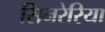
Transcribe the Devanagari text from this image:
सिनरेरिया